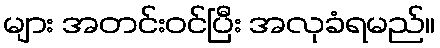
များ အတင်းဝင်ပြီး အလုခံရမည်။